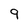
Character: 9